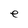
Character: e